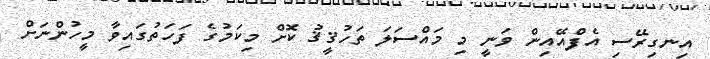
އިނގިރޭސި އެފްއޭއިން ވަނީ މި މައްސަލަ ތަހުޤީޤު ކޮށް މިކަމުގެ ފަހަތުގައިވާ މީހުންނަށް